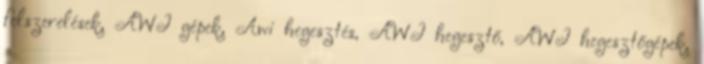
felszerelések, AWI gépek, Awi hegesztés, AWI hegesztő, AWI hegesztőgépek,